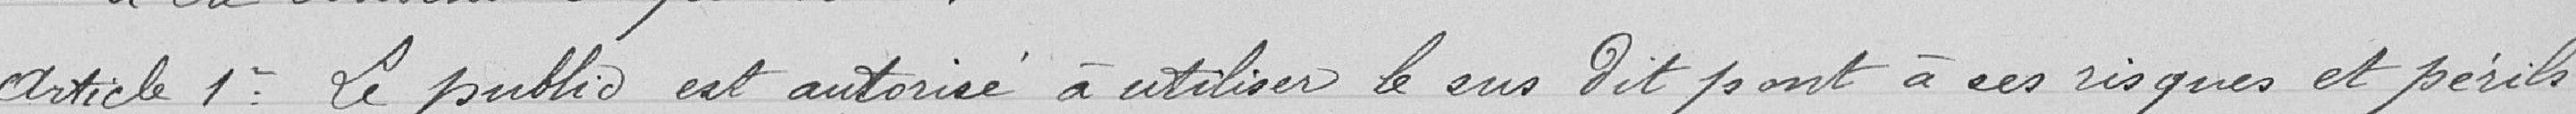
Article 1 : Le public est autorisé à utiliser le sus dit pont à ces risques et périls